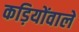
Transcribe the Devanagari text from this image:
कड़ियोंवाले